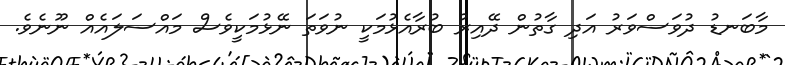
މާބަނޑު ދުވަސްވަރު އަދި ގާތުން ދޭއިރު ބުރާއެޅުމަކީ ނުވަތަ ނޭޅުމަކީވެސް މައްސަލައެއް ނޫނެވެ.